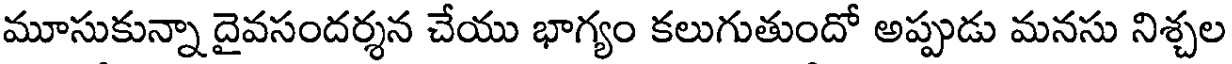
మూసుకున్నా దైవసందర్శన చేయు భాగ్యం కలుగుతుందో అప్పుడు మనసు నిశ్చల